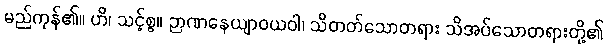
မည်ကုန်၏။ ဟိ၊ သင့်စွ။ ဉာဏနေယျာဝယဝါ၊ သိတတ်သောတရား သိအပ်သောတရားတို့၏